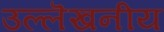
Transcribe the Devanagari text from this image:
उल्लॆखनीय